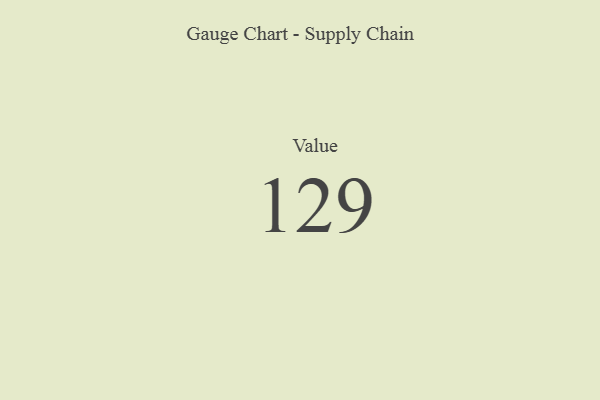
{"axis": {"x": "Metric", "y": "Value"}, "legend": [""], "data": [{"x": "Value", "y": 129, "type": ""}]}